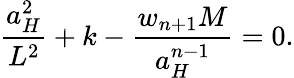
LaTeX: {\frac{a_{H}^{2}}{L^{2}}}+k-{\frac{w_{n+1}M}{a_{H}^{n-1}}}=0.